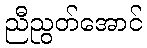
ညီညွတ်အောင်